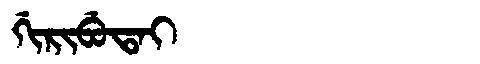
Manchu: ᡤᡳᡵᡳᠪᡠᡨᠠᡳ
Romanization: GIRIBUTAI